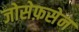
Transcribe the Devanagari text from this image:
जोसेफ़सेन